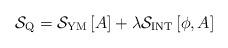
LaTeX: \begin{align*}{\mathcal S}_{\mbox{\scriptsize Q}}={\mathcal S}_{\mbox{\scriptsize YM}}\left[A\right]+\lambda{\mathcal S}_{\mbox{\scriptsize INT}}\left[\phi,A\right]\end{align*}